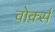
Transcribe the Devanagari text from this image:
वोर्क्स